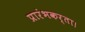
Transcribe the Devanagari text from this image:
प्रारंभकर्ता।